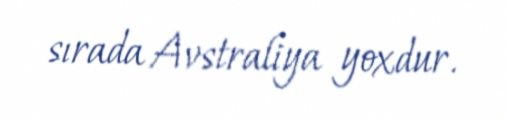
sırada Avstraliya yoxdur.